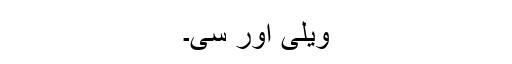
ویلی اور سی۔